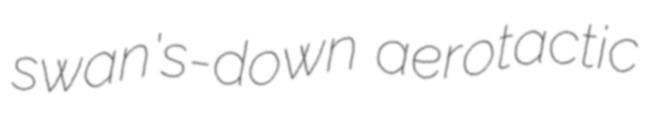
swan's-down aerotactic